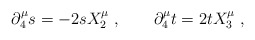
\begin{align*} \partial^\mu_4 s = -2sX^\mu_2\;, \qquad \partial^\mu_4 t = 2tX^\mu_3\;,\end{align*}